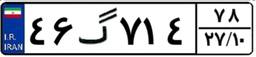
۴۶گ۷۱۴۷۸